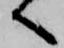
へ